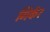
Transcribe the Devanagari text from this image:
गिर्कर